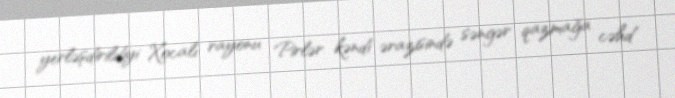
yerləşdirildiyi Xocalı rayonu Pirlər kəndi ərazisində səngər qazmağa cəhd